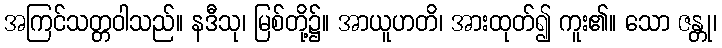
အကြင်သတ္တဝါသည်။ နဒီသု၊ မြစ်တို့၌။ အာယူဟတိ၊ အားထုတ်၍ ကူး၏။ သော ဇန္တု၊